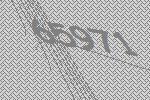
65971